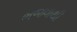
ભજવાથી